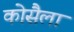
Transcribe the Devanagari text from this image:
कोसैला